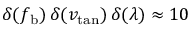
\delta ( f _ { \mathrm { b } } ) \, \delta ( v _ { \mathrm { t a n } } ) \, \delta ( \lambda ) \approx 1 0